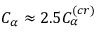
C _ { \alpha } \approx 2 . 5 C _ { \alpha } ^ { ( c r ) }